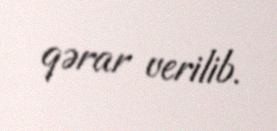
qərar verilib.